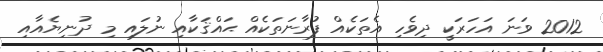
2012 ވަނަ އަހަރަކީ ދިވެހި އެތަކެއް ފުރާނަތަކެއް ޙައްޤަކާއި ނުލައި މި ދުނިޔެއާއި